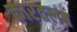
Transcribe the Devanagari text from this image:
कारतलब